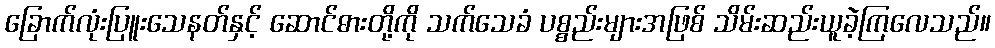
ခြောက်လုံးပြူးသေနတ်နှင့် ဆောင်ဓားတို့ကို သက်သေခံ ပစ္စည်းများအဖြစ် သိမ်းဆည်းယူခဲ့ကြလေသည်။